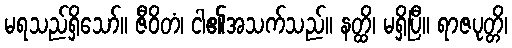
မရသည်ရှိသော်။ ဇီဝိတံ၊ ငါ၏အသက်သည်။ နတ္ထိ၊ မရှိပြီ။ ရာဇပုတ္တိ၊